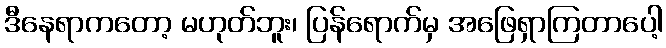
ဒီနေရာကတော့ မဟုတ်ဘူး၊ ပြန်ရောက်မှ အဖြေရှာကြတာပေါ့